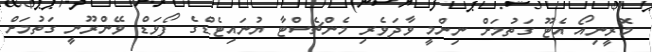
މޮރީނިއޯ އެޓޫ ގަތުމަށް ނިންމީ ވާދަވެރި މެންޗެސްޓާ ޔުނައިޓެޑްގެ ފޯވަޑް ވޭންރޫނީ ގަތުމަށް